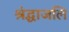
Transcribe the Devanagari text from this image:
श्रंद्धाजलि